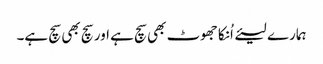
ہمارے لیئے اُنکا جھوٹ بھی سچ ہے اور سچ بھی سچ ہے۔